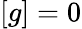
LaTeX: [g]=0